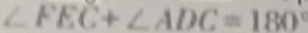
\angle F E C + \angle A D C = 1 8 0 ^ { \circ }